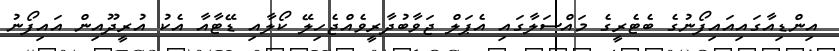
އިންޑިއާގައިއައިފޯނުގެ ބެޓެރީގެ މައްސަލާގައި އެޕަލް ޖަވާބުދާރީވެއްޖެހިލޭ ކޯލާއި ޑޭޓާއާ އެކު އުރީދޫއިން އައިފޯނު